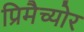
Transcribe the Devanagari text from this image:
प्रिमैच्योर